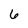
Character: 6